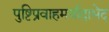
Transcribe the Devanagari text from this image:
पुष्टिप्रवाहमर्यादाभेद